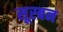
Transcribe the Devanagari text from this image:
सूरबन